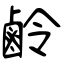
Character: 鹷